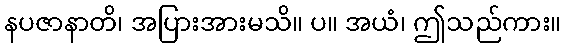
နပဇာနာတိ၊ အပြားအားမသိ။ ပ။ အယံ၊ ဤသည်ကား။